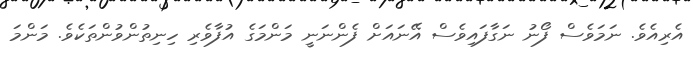
އެރިއެވެ. ނަމަވެސް ފޯނު ނަގާފައިވެސް އޭނައަށް ފެންނަނީ މަންމަގެ އުފާވެރި ހިނިތުންވުންތަކެވެ. މަންމަ